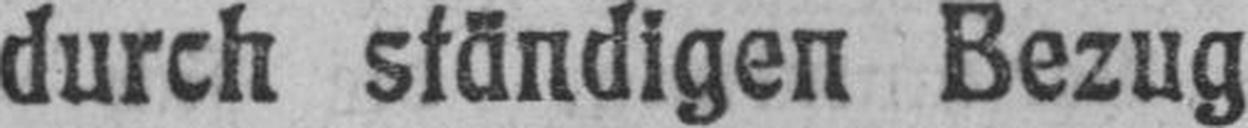
durch ständigen Bezug